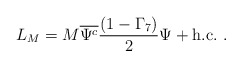
\begin{align*}L_M=M \overline{\Psi^c}\frac{(1-\Gamma_7)}{2}\Psi + \mbox{h.c.}~.\end{align*}